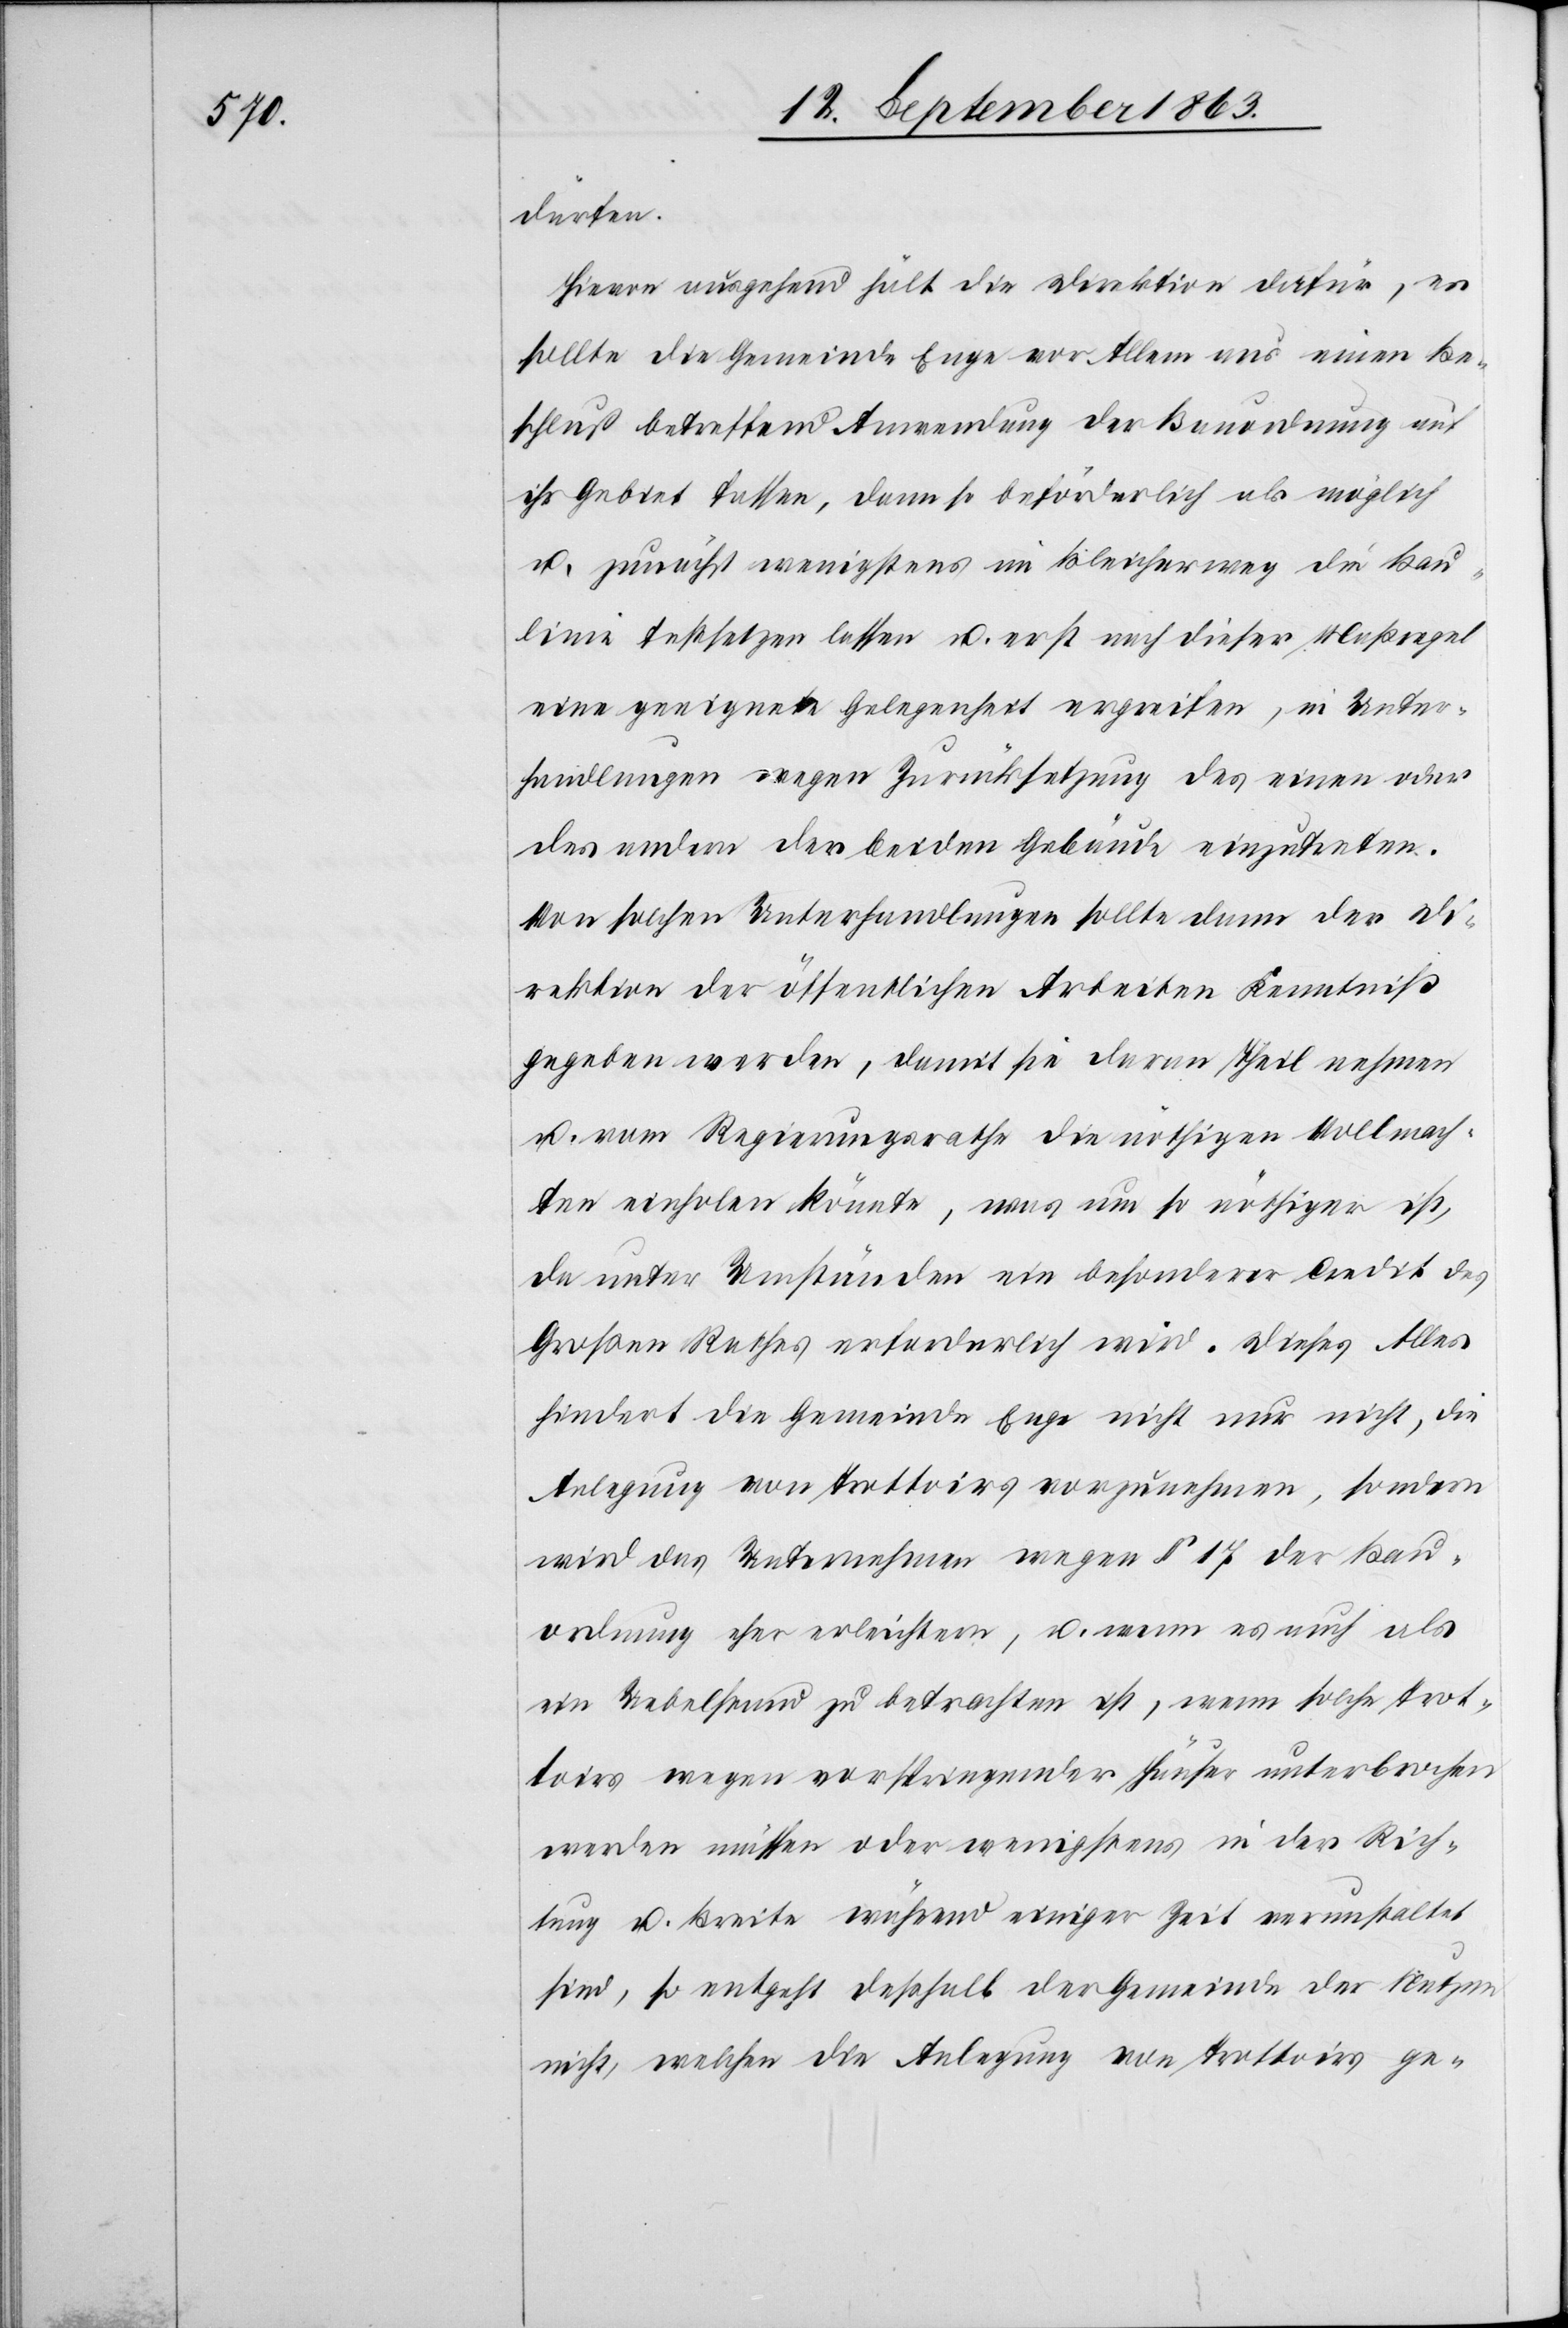
dürfen.
Hievon ausgehend hält die Direktion dafür, es
sollte die Gemeinde Enge vor Allem aus einen Be¬
schluß betreffend Anwendung der Bauordnung auf
ihr Gebiet fassen, dann so beförderlich als möglich
u. zunächst wenigstens im Bleicherweg die Bau¬
linie festsetzen lassen u. erst nach dieser Maßregel
eine geeignete Gelegenheit ergreifen, in Unter¬
handlungen wegen Zurücksetzung des einen oder
des andern der beiden Gebäude einzutreten.
Von solchen Unterhandlungen sollte dann der Di¬
rektion der öffentlichen Arbeiten Kenntniß
gegeben werden, damit sie daran Theil nehmen
u. vom Regierungsrathe die nöthigen Vollmach¬
ten einholen könnte, was um so nöthiger ist,
da unter Umständen ein besonderer Credit des
Großen Rathes erforderlich wird. Dieses Alles
hindert die Gemeinde Enge nicht nur nicht, die
Anlegung von Trottoirs vorzunehmen, sondern
wird das Unternehmen wegen § 17 der Bau¬
ordnung eher erleichtern, u. wenn es auch als
ein Uebelstand zu betrachten ist, wenn solche Trot¬
toirs wegen vorspringender Häuser unterbrochen
werden müssen oder wenigstens in der Rich¬
tung u. Breite während einiger Zeit verunstaltet
sind, so entgeht deßhalb der Gemeinde der Nutzen
nicht, welchen die Anlegung von Trottoirs ge-